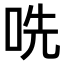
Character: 𫩱